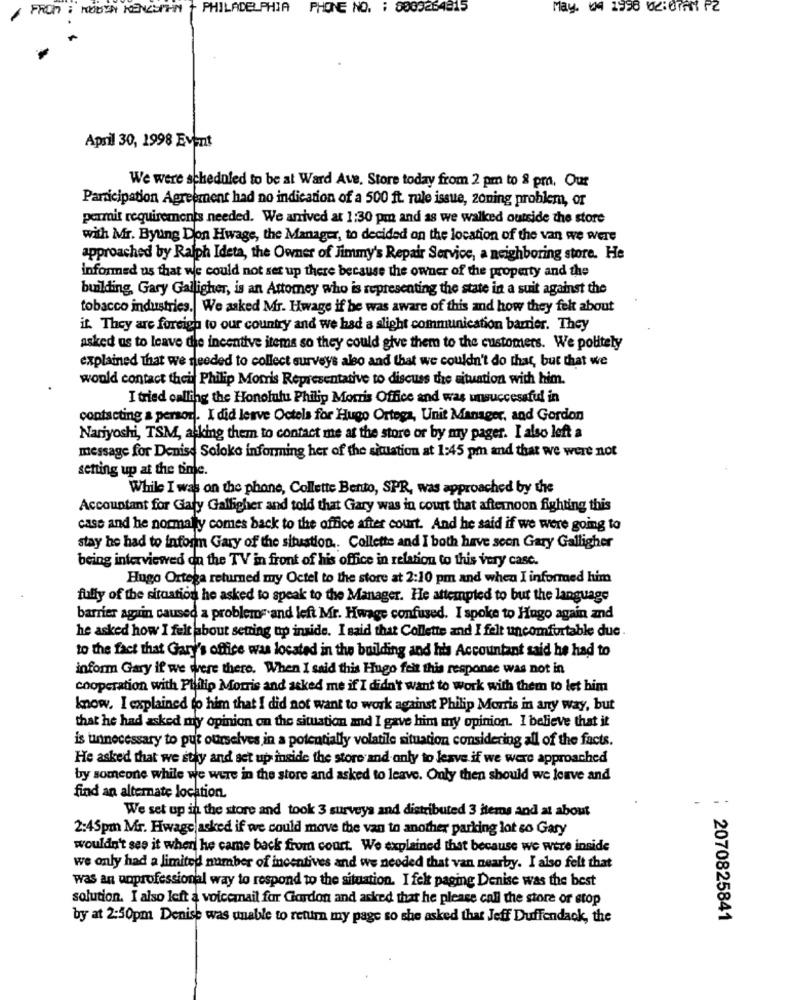
FROM : HODEN HENGSTHIN - PHILADELPHIA PHONE NO. : 8009264315
April 30, 1998 Event
We were scheduled to be at Ward Ave. Store today from 2 pm to & pm. Our
Participation Agreement had no indication of a 500 ft. rule issue, zoning problem, or
permit requirements needed. We arrived at 1:30 pm and as we walked outside the store
with Mr. Bying Don Hwage, the Manager, to decided on the location of the van we were
approached by Ralph Ideta, the Owner of Jimmy's Repair Service, a neighboring store. He
informed us that we could not set up there because the owner of the property and the
building, Gary Galligher, is an Attorney who is representing the state in a suit against the
tobacco industries. We asked Mr. Hwage if he was aware of this and how they felt about
it. They are foreign to our country and we had a slight communication barrier. They
asked us to leave die incentive items so they could give them to the customers. We politely
explained That we needed to collect surveys also and that we couldn't do that, but that we
would contact thei Philip Morris Representative to discuss the situation with him.
I tried calling the Honolulu Philip Morris Office and was unsuccessful in
contacting a person. I did leave Octels for Hugo Ortega, Unit Manager, and Gordon
Nariyoshi, TSM, asking them to contact me at the store or by my pager. I also left a
message for Denise Soloko informing her of the situation at 1:45 pm and that we were not
sening up at the tinje.
While I was on the phone, Collette Bento, SPR, was approached by the
Accountant for Gary Galligher and told that Gary was in court that afternoon fighting this
case and he normally comes back to the office after count. And he said if we were going to
stay he had to inform Gary of the situation .. Collette and I both have seen Gary Galligher
being interviewed on the TV in front of his office in relation to this very casc.
Hugo Ortega returned my Octel to the store at 2:10 pm and when I informed him
fully of the situation he asked to speak to the Manager. He attempted to but the language
barrier aguin caused a problems and left Mr. Hwage confused. I spoke to Hugo again and
he asked how I felt about setting up inside. I said that Collette and I felt uncomfortable due
to the fact that Gary's office was located in the building and his Accountant said he had to
inform Gary if we were there. When I said this Hugo felt this response was not in
cooperation with Philip Morris and asked me if I didn't want to work with them to let him
know. I explained to him that I did not want to work against Philip Morris in any way, but
that he had asked my opinion on the situation and I gave him my opinion. I believe that it
is unnecessary to put ourselves in a potentially volatile situation considering all of the facts.
He asked that we sthy and set up inside the store and only to leave if we were approached
by someone while we were in the store and asked to leave. Only then should we leave and
find an alternate location.
We set up in the store and took 3 surveys and distributed 3 items and at about
2:45pm Mr. Hwage asked if we could move the van to another parking lot so Gary
wouldn't see it when he came back from court. We explained that because we were inside
we only had a limited number of incentives and we needed that van nearby. I also felt that
was an unprofessional way to respond to the situation. I felt paging Denise was the best
solution. I also left a voicemail for Gordon and asked that he please call the store or stop
by at 2:50pm Denise was unable to return my page so she asked that Jeff Duffendaok, the
: 2070825841